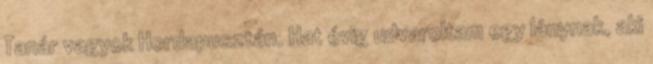
Tanár vagyok Hordapusztán. Hat évig udvaroltam egy lánynak, aki